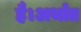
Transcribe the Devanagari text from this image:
है।अर्थात